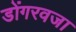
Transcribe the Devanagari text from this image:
डोंगरवजा